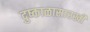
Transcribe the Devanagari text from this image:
दुष्काळासारखी